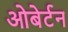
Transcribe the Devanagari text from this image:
ओबेर्टन